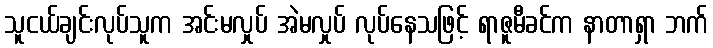
သူငယ်ချင်းလုပ်သူက အင်းမလှုပ် အဲမလှုပ် လုပ်နေသဖြင့် ရာဇူမီခင်က နာတာရှာ ဘက်